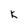
Character: k